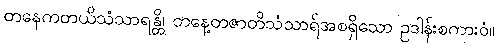
တနေကတယိသံသာရန္တိ၊ တနေ့တဇာတိသံသာရ်အစရှိသော ဥဒါန်းစကားဝံ။